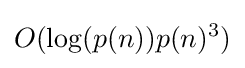
O(\log(p(n))p(n)^{3})